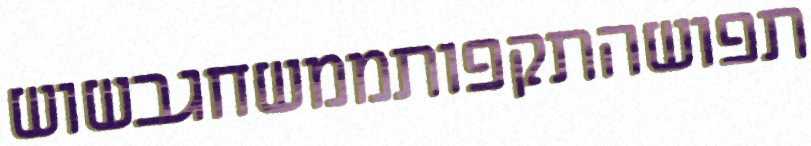
תפושהתקפותממשחגבשוש